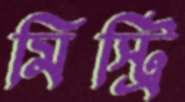
মিস্ট্রি